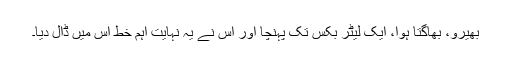
بھیرو، بھاگتا ہوا، ایک لیٹر بکس تک پہنچا اور اس نے یہ نہایت اہم خط اس میں ڈال دیا۔